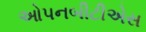
ઓપનબીટીએસ